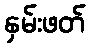
နှမ်းဖတ်